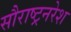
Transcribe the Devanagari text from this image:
सौराष्ट्रनरेश